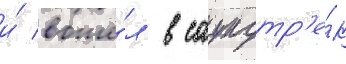
и́ вошё́л в саундтр'е́к